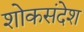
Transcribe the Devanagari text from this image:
शोकसंदेश